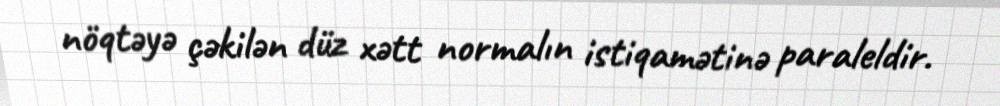
nöqtəyə çəkilən düz xətt normalın istiqamətinə paraleldir.